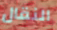
النقال